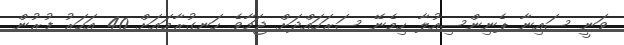
ވަނީ ސައިނާ ޕެނިންސިއުލާ ހިމެނޭ ސަރަހައްދަށް ޖަމާވެ ހަނގުރާމައަށް 40 އަހަރު ފުރުން